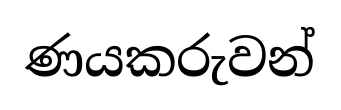
ණයකරුවන්